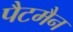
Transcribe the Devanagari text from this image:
पैटमैन